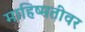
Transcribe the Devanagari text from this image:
माहिष्मतीवर